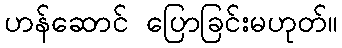
ဟန်ဆောင် ပြောခြင်းမဟုတ်။